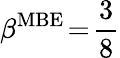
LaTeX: \beta^{\mathrm{MBE}}\! =\! \frac{3}{8}